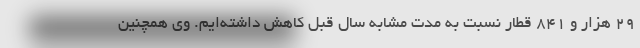
29 هزار و 841 قطار نسبت به مدت مشابه سال قبل کاهش داشته‌ایم. وی همچنین